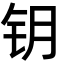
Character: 钥